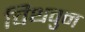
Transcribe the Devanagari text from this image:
चिथवुन